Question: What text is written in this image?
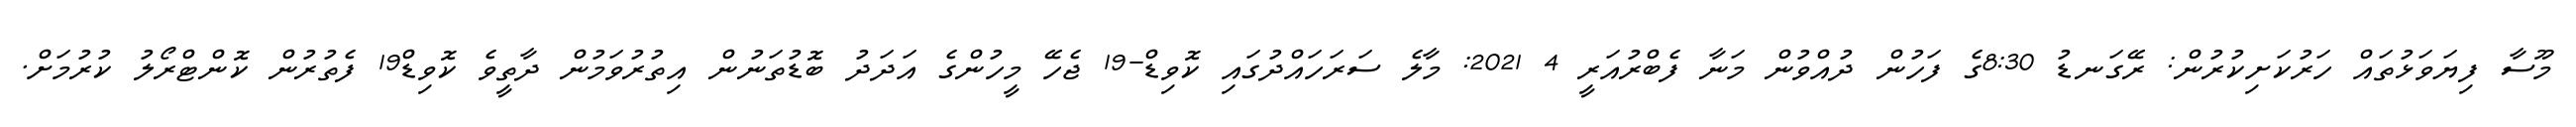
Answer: މޫސާ ފިޔަވަޅުތައް ހަރުކަށިކުރުން: ރޭގަނޑު 8:30ގެ ފަހުން ދުއްވުން މަނާ ފެބްރުއަރީ 4 2021: މާލެ ސަރަހައްދުގައި ކޮވިޑް-19 ޖެހޭ މީހުންގެ އަދަދު ބޮޑުތަނުން އިތުރުވަމުން ދާތީވެ ކޮވިޑް19 ފެތުރުން ކޮންޓްރޯލު ކުރުމަށް.